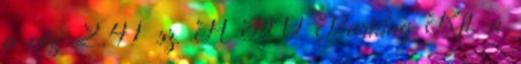
a cég 2,41 sz. A DV Parking Kft. a